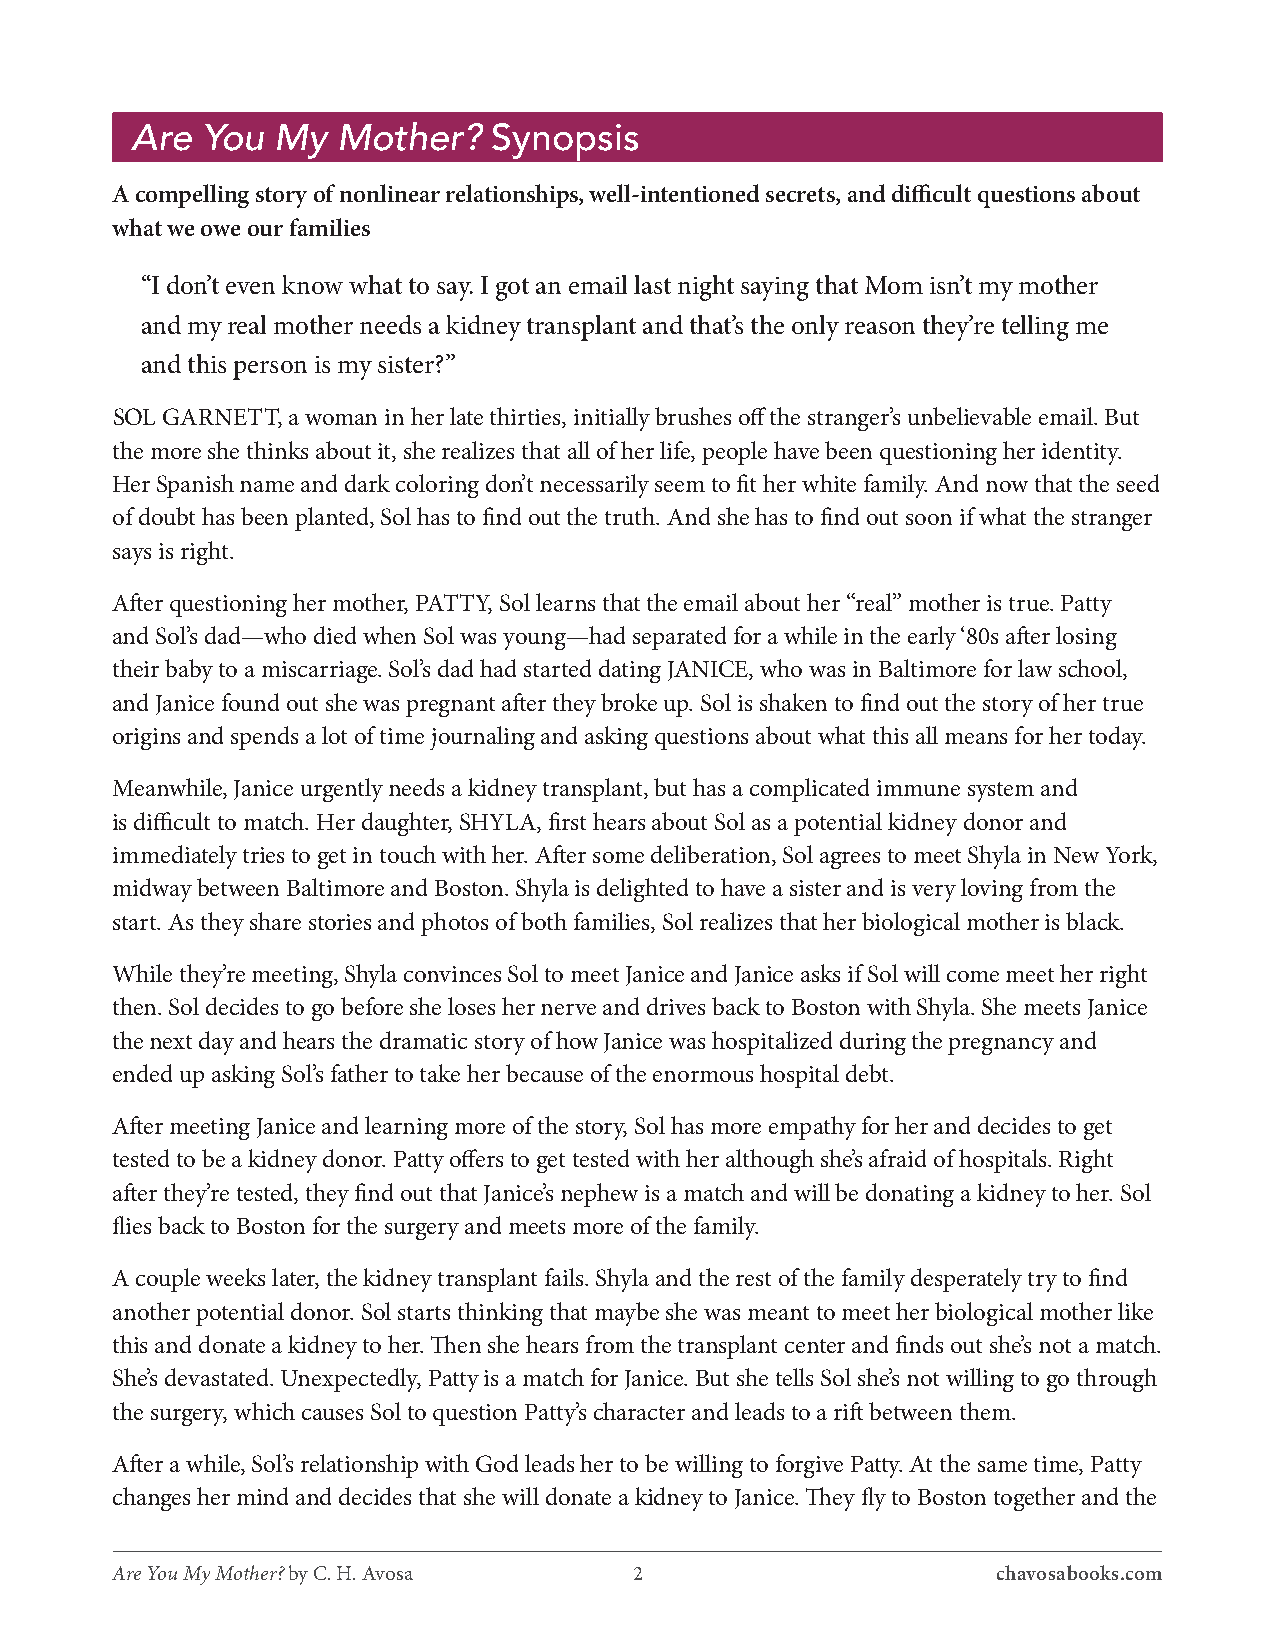
Are You  My  Mother?    Synopsis
 A compelling story of nonlinear relationships, well-intentioned secrets, and difficult questions about
 what we owe our families
 “I don’t even know what to say. I got an email last night saying that Mom isn’t my mother
 and my real mother needs a kidney transplant and that’s the only reason they’re telling me
 and this person is my sister?”
 SOL GARNETT, a woman in her late thirties, initially brushes off the stranger’s unbelievable email. But
 the more she thinks about it, she realizes that all of her life, people have been questioning her identity.
 Her Spanish name and dark coloring don’t necessarily seem to fit her white family. And now that the seed
 of doubt has been planted, Sol has to find out the truth. And she has to find out soon if what the stranger
 says is right.
 After questioning her mother, PATTY, Sol learns that the email about her “real” mother is true. Patty
 and Sol’s dad—who died when Sol was young—had separated for a while in the early ‘80s after losing
 their baby to a miscarriage. Sol’s dad had started dating JANICE, who was in Baltimore for law school,
 and Janice found out she was pregnant after they broke up. Sol is shaken to find out the story of her true
 origins and spends a lot of time journaling and asking questions about what this all means for her today.
 Meanwhile, Janice urgently needs a kidney transplant, but has a complicated immune system and
 is difficult to match. Her daughter, SHYLA, first hears about Sol as a potential kidney donor and
 immediately tries to get in touch with her. After some deliberation, Sol agrees to meet Shyla in New York,
 midway between Baltimore and Boston. Shyla is delighted to have a sister and is very loving from the
 start. As they share stories and photos of both families, Sol realizes that her biological mother is black.
 While they’re meeting, Shyla convinces Sol to meet Janice and Janice asks if Sol will come meet her right
 then. Sol decides to go before she loses her nerve and drives back to Boston with Shyla. She meets Janice
 the next day and hears the dramatic story of how Janice was hospitalized during the pregnancy and
 ended up asking Sol’s father to take her because of the enormous hospital debt.
 After meeting Janice and learning more of the story, Sol has more empathy for her and decides to get
 tested to be a kidney donor. Patty offers to get tested with her although she’s afraid of hospitals. Right
 after they’re tested, they find out that Janice’s nephew is a match and will be donating a kidney to her. Sol
 flies back to Boston for the surgery and meets more of the family.
 A couple weeks later, the kidney transplant fails. Shyla and the rest of the family desperately try to find
 another potential donor. Sol starts thinking that maybe she was meant to meet her biological mother like
 this and donate a kidney to her. Then she hears from the transplant center and finds out she’s not a match.
 She’s devastated. Unexpectedly, Patty is a match for Janice. But she tells Sol she’s not willing to go through
 the surgery, which causes Sol to question Patty’s character and leads to a rift between them.
 After a while, Sol’s relationship with God leads her to be willing to forgive Patty. At the same time, Patty
 changes her mind and decides that she will donate a kidney to Janice. They fly to Boston together and the
 Are You My Mother? by C. H. Avosa  2                       chavosabooks.com